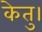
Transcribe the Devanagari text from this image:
केतु।